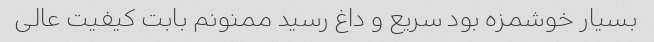
بسیار خوشمزه بود سریع و داغ رسید ممنونم بابت کیفیت عالی